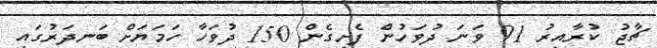
ޗާޖު ކުރާއިރު 91 ވަނަ ދުވަހުން ފެށިގެން 150 ދުވަހާ ހަމަޔަށް ބަނދަރުގައި